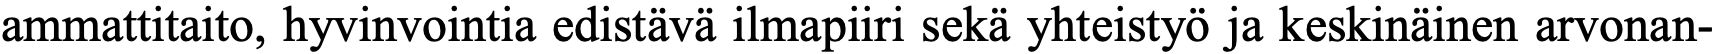
ammattitaito, hyvinvointia edistävä ilmapiiri sekä yhteistyö ja keskinäinen arvonan-